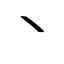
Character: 丶